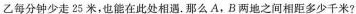
乙每分钟少走25米，也能在此处相遇。那么A，B两地之间相距多少千米?